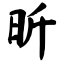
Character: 昕